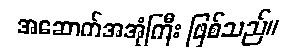
အဆောက်အအုံကြီး ဖြစ်သည်။